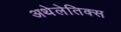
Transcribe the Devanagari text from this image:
अथेलेतिक्स